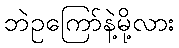
ဘဲဥကြော်နဲ့မို့လား